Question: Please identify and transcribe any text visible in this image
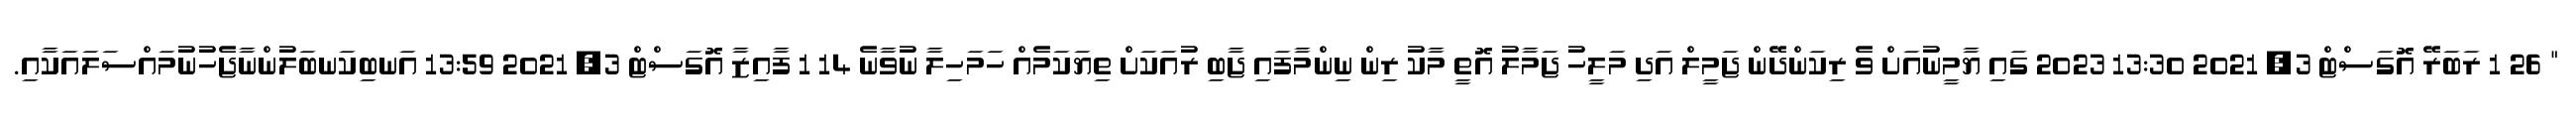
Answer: " 26 1 ރަބަރޭ އޮގަސްޓް 3, 2021 13:30 2023 ގައި ޔާމީނުއަށް ވެ ރިކަންދޭން ޖަމީލް އަދި މަލީހު ޖަމާލު އޮތީ މާކު ރިން ނިންމާފައި ޖާބި ރުއަކަށް ތިޔަކަމެއް ހަމަހިލާ ނުވާނެ 14 1 ފާއިޒާ އޮގަސްޓް 3, 2021 13:59 އަނބިކަނބަލުންނާޖެހުނުމައްސަލައަކާއި.